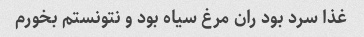
غذا سرد بود ران مرغ سیاه بود و نتونستم بخورم